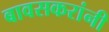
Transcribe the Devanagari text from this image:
बावसकरांनी